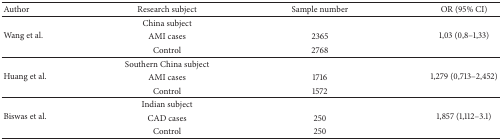
| Author | Research subject | Sample number | OR (95% CI) |
 | --- | --- | --- | --- |
 | <ROWSPAN=3> Wang et al. | China subject |  | <ROWSPAN=3> 1,03 (0,8–1,33) |
 | AMI cases | 2365 |
 | Control | 2768 |
 | <ROWSPAN=3> Huang et al. | Southern China subject |  | <ROWSPAN=3> 1,279 (0,713–2,452) |
 | AMI cases | 1716 |
 | Control | 1572 |
 | <ROWSPAN=3> Biswas et al. | Indian subject |  | <ROWSPAN=3> 1,857 (1,112–3.1) |
 | CAD cases | 250 |
 | Control | 250 |